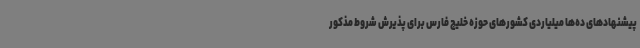
پیشنهادهای ده‌ها میلیاردی کشورهای حوزه خلیج فارس برای پذیرش شروط مذکور